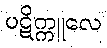
ပဋိက္ကူလေ